Report on vaccination in Madras 1922-1929 - 1922-1929
Year: 1922
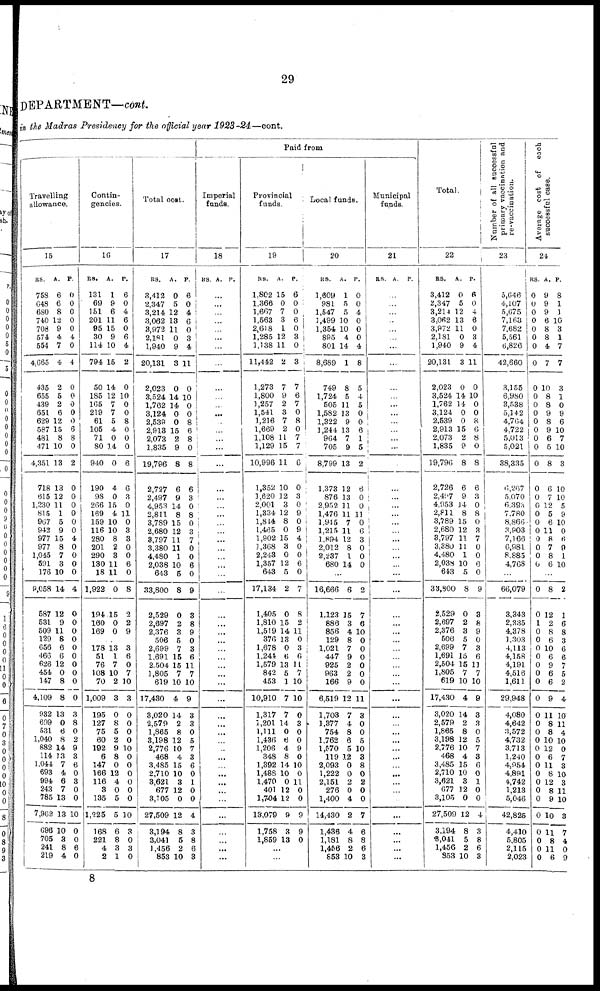
29
DEPARTMENT—cont.
in the Madras Presidency for the official year 1923-24—cont.
Travelling
allowance.
15
RS.
758
648
680
740
708
574
554
4,665
435
655
439
651
629
587
481
471
4,351
718
615
1,230
815
967
942
977
977
1,045
591
176
9,058
587
531
509
129
656
466
626
454
147
4,109
932
699
531
1,040
882
114
1,044
693
994
243
785
7,962
696
705
241
219
A.
6
6
8
12
9
4
7
4
2
5
2
6
12
15
8
10
13
13
12
11
1
5
9
15
8
7
3
10
14
12
9
11
8
6
6
12
0
8
8
13
0
6
8
14
13
7
4
6
7
13
13
10
3
8
4
P.
0
0
0
0
0
4
0
4
0
0
0
0
0
6
8
0
2
0
0
0
0
0
0
4
0
0
0
0
4
0
0
0
0
0
0
0
0
0
0
3
8
0
2
9
3
6
0
3
0
0
10
0
0
6
0
Contin-
gencies.
16
RS.
131
69
151
201
0
30
114
794
50
185
165
219
61
105
71
80
940
190
98
266
169
159
116
280
201
290
130
18
1,922
194
160
169
A.
1
9
6
11
15
9
10
15
14
12
7
7
5
4
0
14
0
4
0
15
4
10
10
8
2
3
11
11
0
15
0
0
P.
6
0
4
6
0
6
4
2
0
10
0
0
8
0
0
0
6
6
3
0
11
0
3
3
0
0
6
0
8
2
2
9
178
51
76
108
70
1,009
195
127
75
60
192
6
147
166
116
3
135
1,225
168
221
4
2
13
1
7
10
2
3
0
8
5
2
9
8
0
12
4
0
5
5
6
8
3
1
3
6
0
7
10
3
0
0
0
0
10
0
0
0
0
0
0
10
3
0
3
0
Total cost.
17
RS.
3,412
2,347
3,214
3,062
3,972
2,181
1,940
20,131
2,023
3,524
1,762
3,124
2,538
2,913
2,073
1,835
19,796
2,727
2,497
4,953
2,811
3,789
2,680
8,797
3,380
4,480
2,038
643
33,800
2,529
2,697
2,376
506
2,699
1,691
2,504
1,805
619
17,430
3,020
2,579
1,865
3,198
2,776
468
3,485
2,710
8,621
677
3,705
27,509
3,194
3,041
1,456
853
A.
0
5
12
13
11
0
9
3
0
14
14
0
0
15
2
9
8
6
9
14
8
15
12
11
11
1
10
5
8
0
2
3
5
7
15
15
7
10
4
14
2
8
12
10
4
15
10
3
12
0
12
8
5
2
10
P.
6
0
4
6
0
3
4
11
0
10
0
0
8
6
8
0
8
6
3
0
8
0
3
7
0
0
6
0
9
3
8
9
0
3
6
11
7
10
9
3
3
0
5
7
3
6
0
1
0
0
4
3
8
6
3
Paid from
Imperial
funds.
18
RS. A. P.
...
...
...
...
...
...
...
...
...
...
...
...
...
...
...
...
...
...
...
...
...
...
...
...
...
...
...
...
...
...
...
...
...
...
...
...
...
...
...
...
...
...
...
...
...
...
...
...
...
...
...
...
...
...
...
Provincial
funds.
19
RS.
1,802
1,366
1,667
1,563
2,618
1,285
1,138
11,442
1,273
1,800
1,257
1,541
1,216
1,669
1,108
1,129
10,996
1,352
1,620
2,001
1,334
1,814
1,465
1,902
1,368
2,243
1,357
643
17,134
1,405
1,810
1,519
376
1,678
1,244
1,579
842
453
10,910
1,317
1,201
1,111
1,486
1,206
348
1,392
1,488
1,470
401
1,704
13,079
1,758
1,859
A.
15
0
7
3
1
12
11
2
7
9
2
3
7
2
11
15
11
10
12
3
12
8
0
15
3
0
12
5
2
0
15
14
13
0
6
13
5
1
7
7
14
0
6
4
8
14
10
0
12
12
9
3
13
P.
6
0
0
6
0
3
0
3
7
6
7
0
8
0
7
7
6
0
3
0
9
0
9
4
0
0
6
0
7
8
2
11
0
3
6
11
7
10
10
0
3
0
0
9
0
10
0
11
0
0
9
9
0
...
...
Local funds.
20
RS.
1,609
981
1,547
1,499
1,354
895
801
8,689
749
1,724
505
1,582
1,322
1,244
964
705
8,799
1,373
876
2,952
1,476
1,945
1,215
1,894
2,012
2,237
680
A.
1
5
5
10
10
4
14
1
8
5
11
13
9
13
7
9
13
12
13
11
11
7
11
12
8
1
14
P.
0
0
4
0
0
0
4
8
5
4
5
0
0
6
1
5
2
6
0
0
11
0
6
3
0
0
0
...
16,666
1,123
886
856
129
1,021
447
925
963
166
6,519
1,708
1,377
754
1,762
1,570
119
2,093
1,222
2,151
276
1,400
14,430
1,436
1,181
1,456
853
6
15
3
4
8
7
9
2
2
9
12
7
4
8
6
5
12
0
0
2
0
4
2
4
8
2
10
2
7
6
10
0
0
0
0
0
0
11
3
0
0
5
10
3
8
0
2
0
0
7
6
8
6
3
Municipal
funds.
21
RS. A. P.
...
...
...
..
...
...
...
...
...
...
...
...
...
...
...
...
...
...
...
...
...
...
...
...
...
...
...
...
...
...
...
...
...
...
...
...
...
...
...
...
...
...
...
...
...
...
...
...
...
...
...
...
...
...
...
Total.
22
RS.
3,412
2,347
3,214
3,062
3,972
2,181
1,940
20,131
2,023
3,524
1,762
3,124
2,539
2,913
2,073
1,835
19,796
2,726
2,497
4,953
2,811
3,789
2,680
8,797
3,380
4,480
2,038
643
33,800
2,529
2,697
2,376
506
2,699
1,691
2,504
1,805
619
17,430
3,020
2,579
1,865
3,198
2,776
468
3,485
2,710
3,621
677
3,105
27,509
3,194
3,041
1,456
853
A.
0
5
12
13
11
0
9
3
0
14
14
0
0
15
2
9
8
6
9
14
8
15
12
11
11
1
10
5
8
0
2
3
5
7
15
15
7
10
4
14
2
8
12
10
4
15
10
3
12
0
12
8
5
2
10
P.
6
0
4
6
0
3
4
11
0
10
0
0
8
6
8
0
8
6
3
0
8
0
3
7
0
0
6
0
9
3
8
9
0
3
6
11
7
10
9
3
3
0
5
7
3
6
0
1
0
0
4
3
8
6
3
Number of all successful
primary vaccination and
re-vaccination.
23
5,646
4,107
5,675
7,163
7,682
5,561
6,826
42,660
3,155
6,980
3,538
5,142
4,764
4,722
5,013
5,021
38,335
6,267
5,070
6,393
7,780
8,866
3,903
7,166
6,981
8,885
4,768
...
66,079
3,343
2,335
4,378
1,303
4,113
4,158
4,191
4,516
1,611
29,948
4,080
4,642
3,572
4,732
3,713
1,240
4,054
4,891
4,742
1,218
5,046
42,825
4,410
5,805
2,115
2,023
Average cost of each
successful case.
24
RS.
0
0
0
0
0
0
0
0
0
0
0
0
0
0
0
0
0
0
0
0
0
0
0
0
0
0
0
A.
9
9
9
6
8
8
4
7
10
8
8
9
8
9
6
5
8
6
7
12
5
6
11
8
7
8
6
P.
8
1
1
10
3
1
7
7
3
1
0
9
6
10
7
10
3
10
10
5
9
10
0
6
9
1
10
...
0
0
1
0
0
0
0
0
0
0
0
0
0
0
0
0
0
0
0
0
0
0
0
0
0
0
0
8
12
2
8
6
10
6
9
6
6
9
11
8
8
10
12
6
11
8
12
8
9
10
11
8
11
6
2
1
6
8
3
6
6
7
5
2
4
10
11
4
10
0
7
3
10
3
11
10
3
7
4
0
9
8